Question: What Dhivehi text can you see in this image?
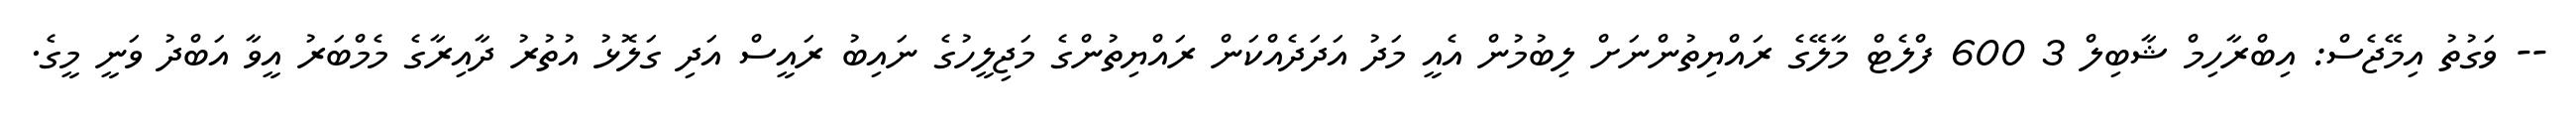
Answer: -- ވަގުތު އިމޭޖެސް: އިބްރާހިމް ޝާބިލް 3 600 ފްލެޓް މާލޭގެ ރައްޔިތުންނަށް ލިބުމުން އެއީ މަދު އަދަދެއްކަން ރައްޔިތުންގެ މަޖިލީހުގެ ނައިބު ރައީސް އަދި ގަލޮޅު އުތުރު ދާއިރާގެ މެމްބަރު އީވާ އަބްދު ވަނީ މީގެ.